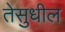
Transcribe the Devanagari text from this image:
तेसुधील